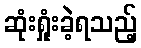
ဆုံးရှုံးခဲ့ရသည့်